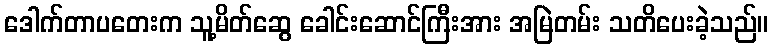
ဒေါက်တာပတေးက သူ့မိတ်ဆွေ ခေါင်းဆောင်ကြီးအား အမြဲတမ်း သတိပေးခဲ့သည်။